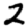
Digit: 2